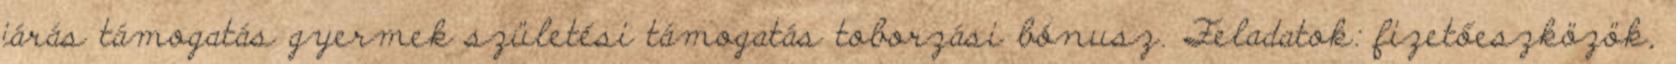
járás támogatás gyermek születési támogatás toborzási bónusz. Feladatok: fizetőeszközök,